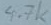
Text: 4.7k